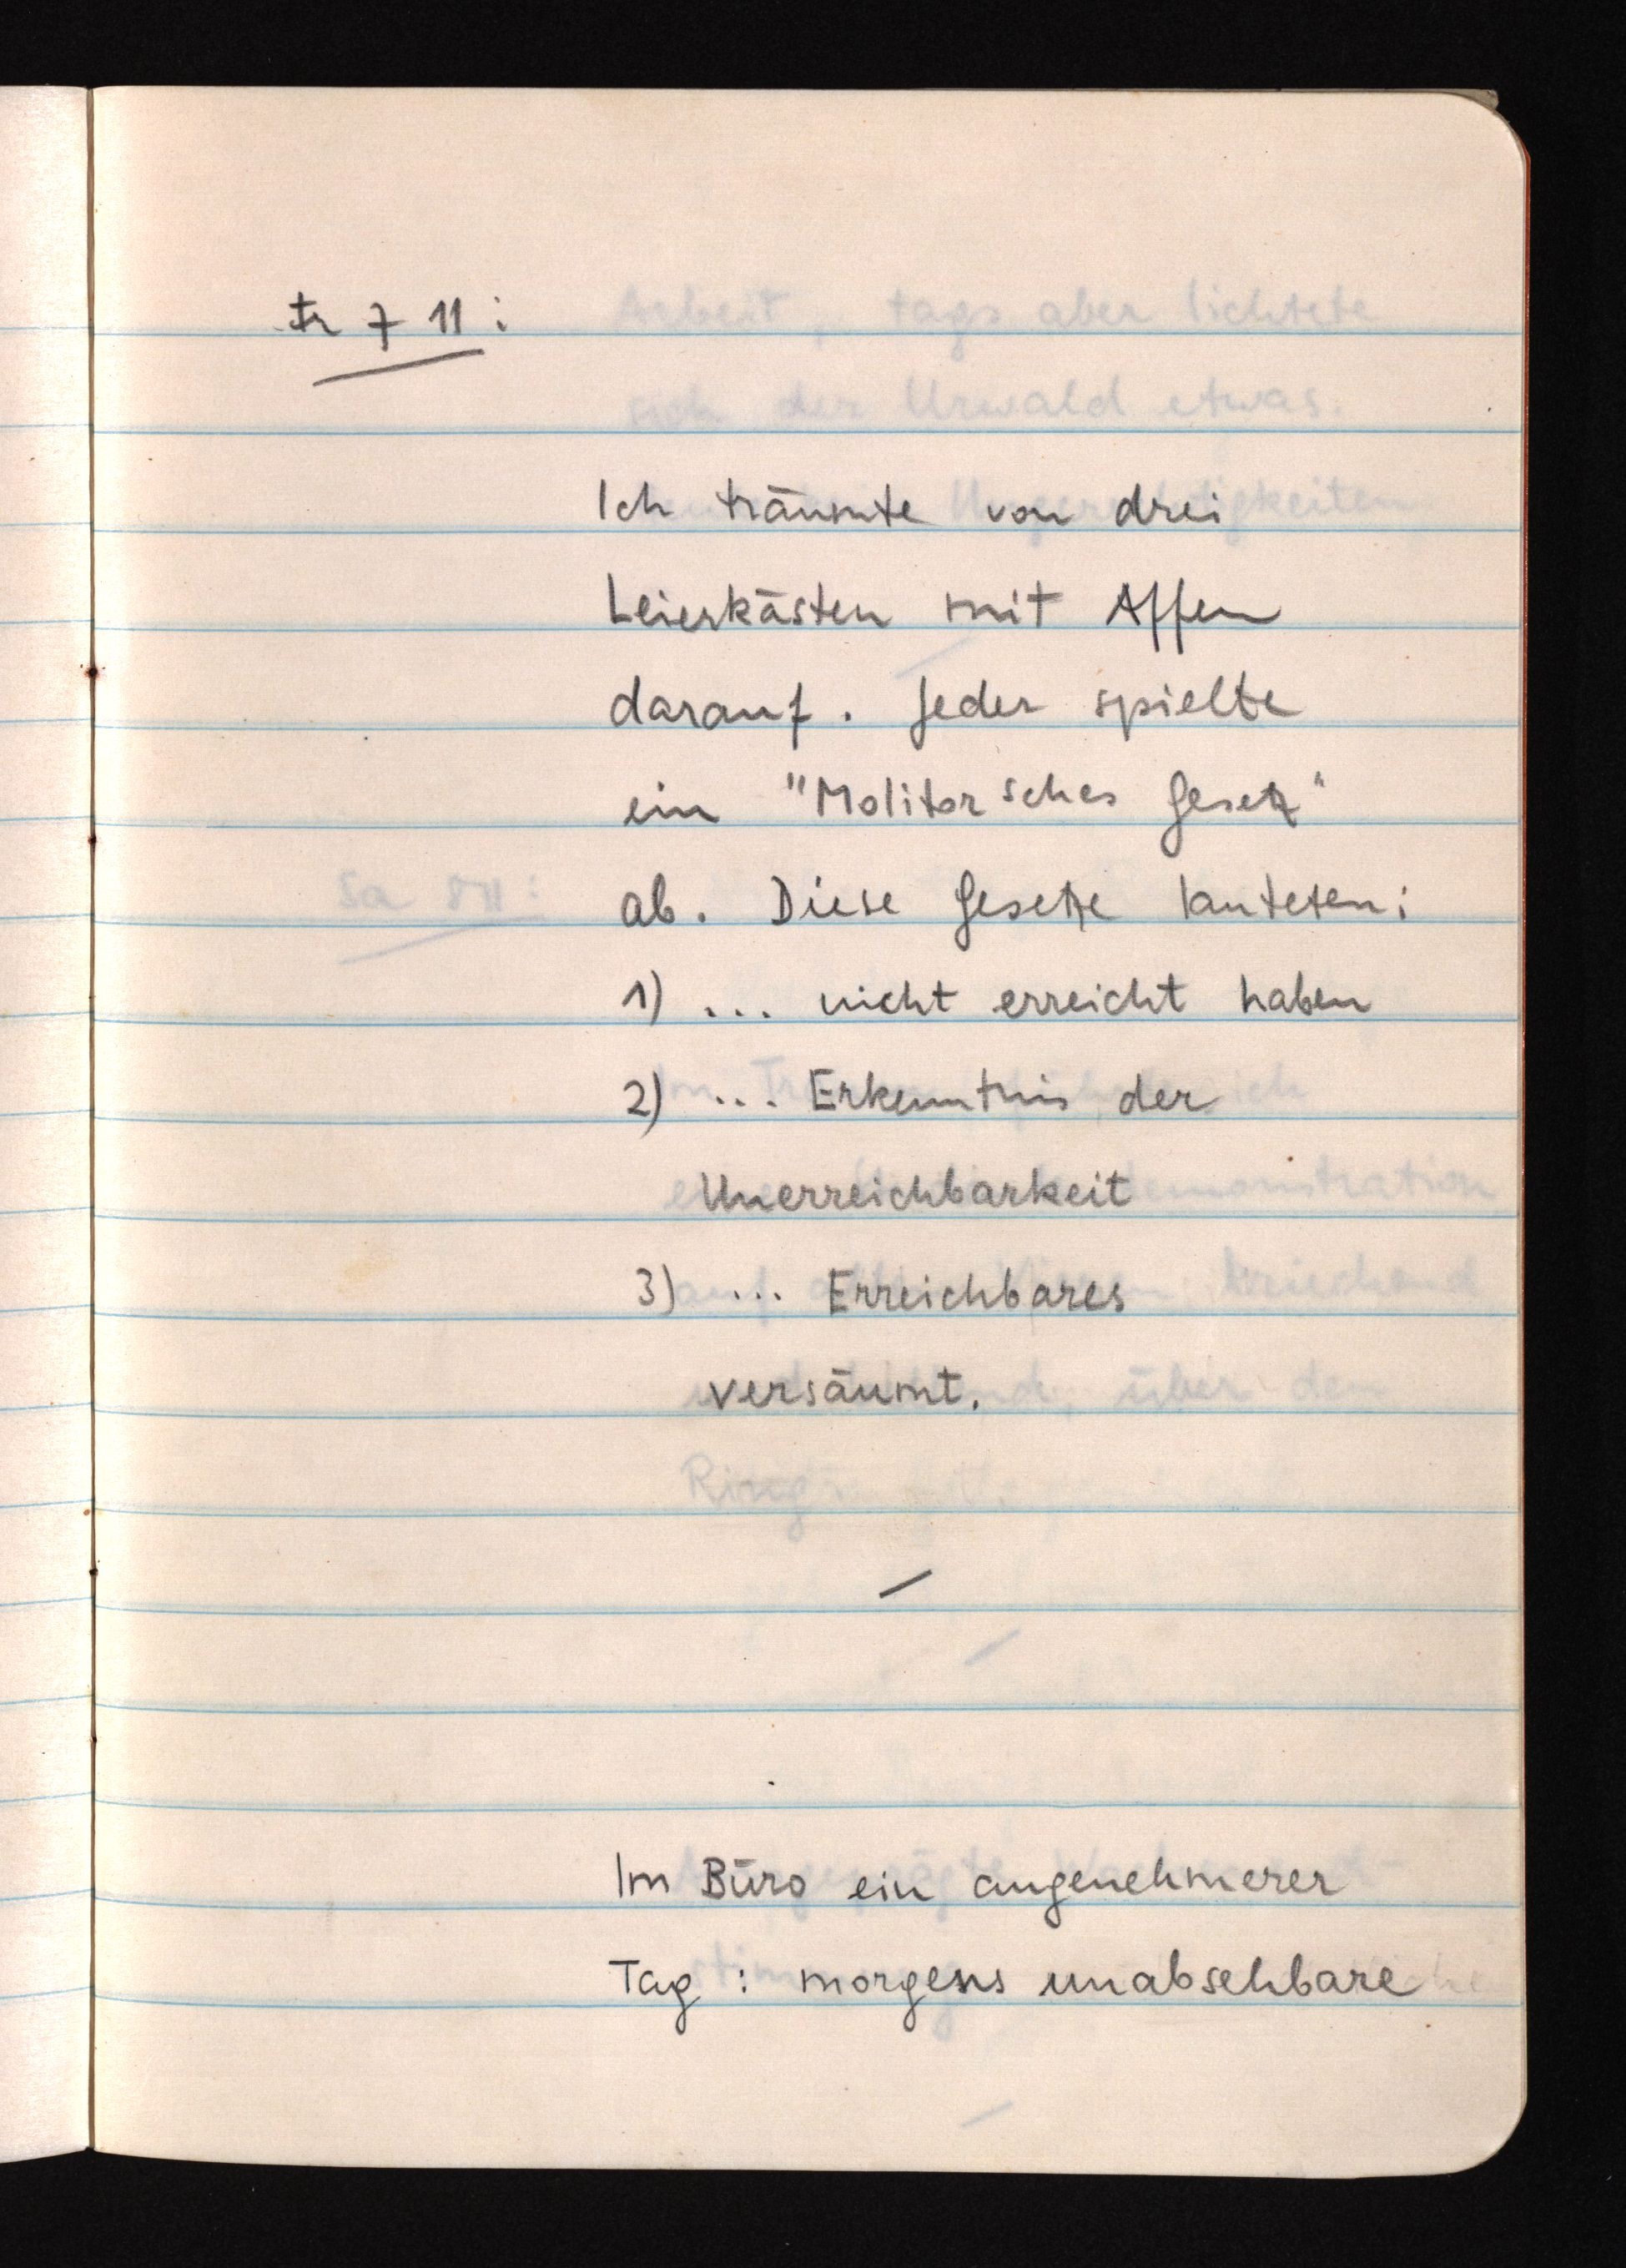
Fr 7 11:
Ich träumte von drei
Leierkästen mit Affen
darauf. Jeder spielte
ein "Molitorsches Gesetz"
Sa 811:
ab. Diese Gesetze lauteten:
1)... nicht erreicht haben
2)... Erkenntnis der
Unerreichbarkeit
3)... Erreichbares
versäumt.
Im Büro ein angenehmerer
Tag: morgesns unabsehbare